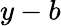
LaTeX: y-b